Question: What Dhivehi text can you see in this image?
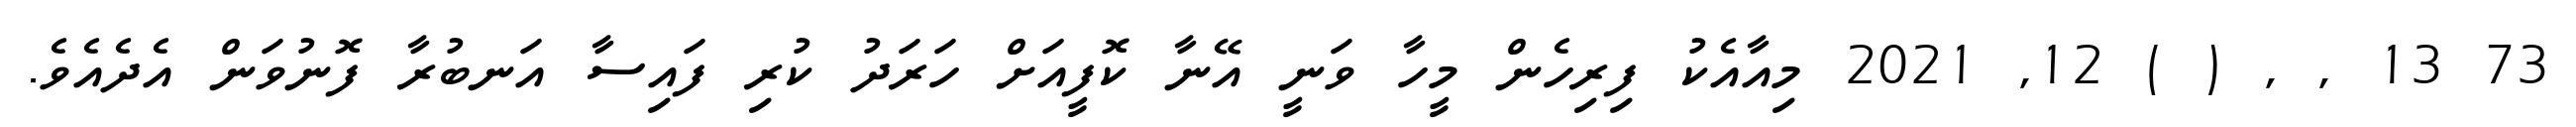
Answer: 73 13 , , ( ) 12, 2021 މިއާއެކު ފިރިހެން މީހާ ވަނީ އޭނާ ކޮފީއަށް ހަރަދު ކުރި ފައިސާ އަނބުރާ ފޮނުވަން އެދެއެވެ.